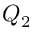
Q _ { 2 }